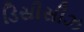
ડિસીસીઝ